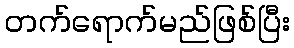
တက်ရောက်မည်ဖြစ်ပြီး